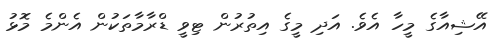
އޭޝިއާގެ މީހާ އެވެ. އަދި މީގެ އިތުރުން ޓިވީ ޑްރާމާތަކުން އެންމެ މޮޅު